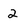
Character: 2